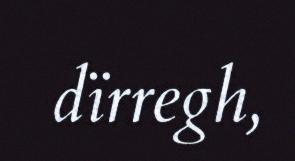
dïrregh,